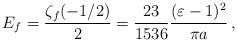
LaTeX: \begin{align*}E_f = \frac{\zeta_f (-1/2)}{2} = \frac{23}{1536} \frac{(\varepsilon- 1)^2}{\pi a} \, ,\end{align*}